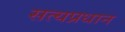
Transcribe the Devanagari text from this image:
सत्यप्रधान